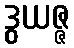
ဒွယဇ္ဇ